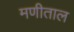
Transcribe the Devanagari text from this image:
मणीताल